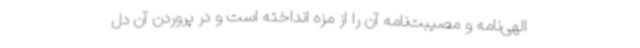
الهی‌نامه و مصیبت‌نامه آن را از مزه انداخته است و در پروردن آن دل